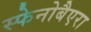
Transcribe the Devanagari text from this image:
स्फेनोबैएरा